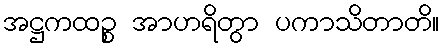
အဋ္ဌကထဉ္စ အာဟရိတွာ ပကာသိတာတိ။